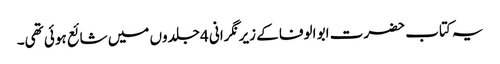
یہ کتاب حضرت ابو الوفا کے زیر نگرانی 4 جلدوں میں شائع ہوئی تھی۔